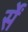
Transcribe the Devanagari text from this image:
र्सें